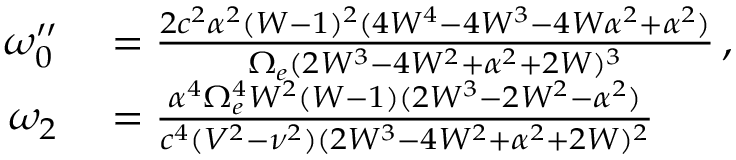
\begin{array} { r l } { \omega _ { 0 } ^ { \prime \prime } } & { { } = \frac { 2 c ^ { 2 } \alpha ^ { 2 } ( W - 1 ) ^ { 2 } ( 4 W ^ { 4 } - 4 W ^ { 3 } - 4 W \alpha ^ { 2 } + \alpha ^ { 2 } ) } { \Omega _ { e } ( 2 W ^ { 3 } - 4 W ^ { 2 } + \alpha ^ { 2 } + 2 W ) ^ { 3 } } \, , } \\ { \omega _ { 2 } } & { { } = \frac { \alpha ^ { 4 } \Omega _ { e } ^ { 4 } W ^ { 2 } ( W - 1 ) ( 2 W ^ { 3 } - 2 W ^ { 2 } - \alpha ^ { 2 } ) } { c ^ { 4 } ( V ^ { 2 } - \nu ^ { 2 } ) ( 2 W ^ { 3 } - 4 W ^ { 2 } + \alpha ^ { 2 } + 2 W ) ^ { 2 } } } \end{array}